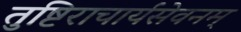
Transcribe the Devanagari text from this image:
तुष्टिराचार्यसेवनम्